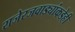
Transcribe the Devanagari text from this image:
राजेरजवाड्यांकडेही